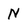
Character: N